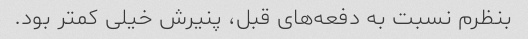
بنظرم نسبت به دفعه‌های قبل، پنیرش خیلی کمتر بود.